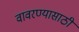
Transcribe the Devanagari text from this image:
वावरण्यासाठी